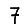
Digit: 7